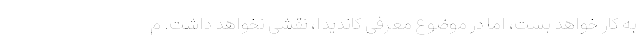
به کار خواهد بست، اما در موضوع معرفی کاندیدا، نقشی نخواهد داشت. م